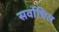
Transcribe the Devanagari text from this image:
सर्वाधिल